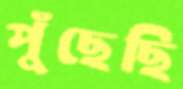
পুঁছেছি